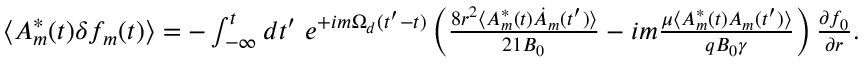
\begin{array} { r } { \langle A _ { m } ^ { * } ( t ) \delta f _ { m } ( t ) \rangle = - \int _ { - \infty } ^ { t } d t ^ { \prime } \ e ^ { + i m \Omega _ { d } ( t ^ { \prime } - t ) } \left( \frac { 8 r ^ { 2 } \langle A _ { m } ^ { * } ( t ) \dot { A } _ { m } ( t ^ { \prime } ) \rangle } { 2 1 B _ { 0 } } - i m \frac { \mu \langle A _ { m } ^ { * } ( t ) A _ { m } ( t ^ { \prime } ) \rangle } { q B _ { 0 } \gamma } \right) \frac { \partial f _ { 0 } } { \partial r } . } \end{array}